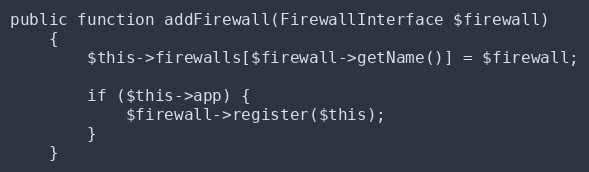
Language: PHP
public function addFirewall(FirewallInterface $firewall)
    {
        $this->firewalls[$firewall->getName()] = $firewall;

        if ($this->app) {
            $firewall->register($this);
        }
    }